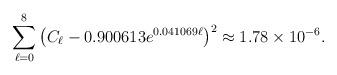
LaTeX: \begin{align*}\sum_{\ell=0}^{8} \left(C_\ell - 0.900613 e^{0.041069\ell}\right)^2\approx 1.78\times10^{-6}.\end{align*}